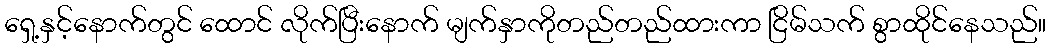
ရှေ့နှင့်နောက်တွင် ထောင် လိုက်ပြီးနောက် မျက်နှာကိုတည်တည်ထားကာ ငြိမ်သက် စွာထိုင်နေသည်။